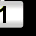
Digit: 1